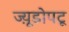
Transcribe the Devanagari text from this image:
ज्य़ूडोपटू